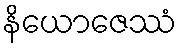
နိယောဇေဿံ